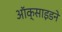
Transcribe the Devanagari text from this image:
ऑक्साइडने